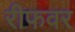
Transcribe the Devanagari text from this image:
रीफवर